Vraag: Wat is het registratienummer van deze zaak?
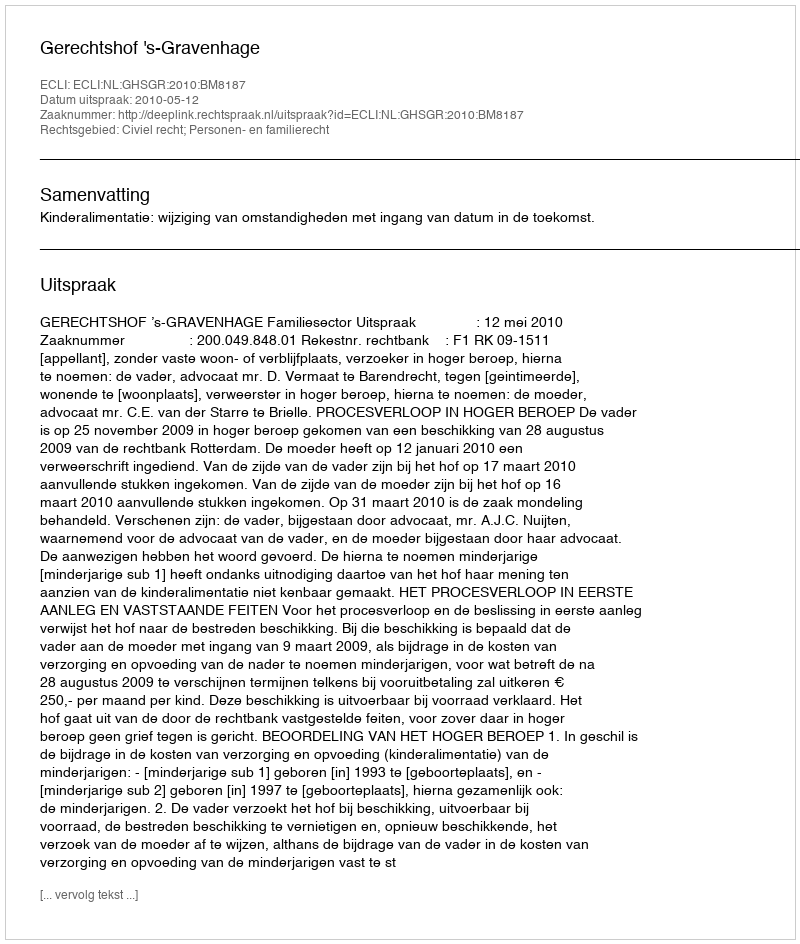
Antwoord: http://deeplink.rechtspraak.nl/uitspraak?id=ECLI:NL:GHSGR:2010:BM8187